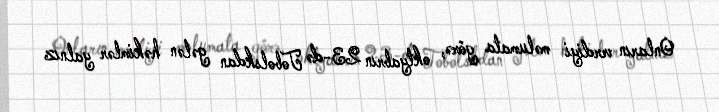
Onların verdiyi məlumata görə, oktyabrın 23-də Tobolskdan gələn həkimlər yalnız